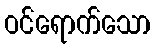
ဝင်ရောက်သော